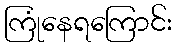
ကြုံနေရကြောင်း